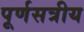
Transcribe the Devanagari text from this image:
पूर्णसत्रीय